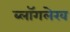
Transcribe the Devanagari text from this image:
ब्लॉगलेख